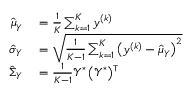
\begin{array} { r l } { \hat { \boldsymbol { \mu } } _ { \boldsymbol { Y } } } & { { } = \frac { 1 } { K } \sum _ { k = 1 } ^ { K } \boldsymbol { y } ^ { \left( k \right) } } \\ { \hat { \boldsymbol { \sigma } } _ { \boldsymbol { Y } } } & { { } = \sqrt { \frac { 1 } { K - 1 } \sum _ { k = 1 } ^ { K } \left( \boldsymbol { y } ^ { \left( k \right) } - \hat { \boldsymbol { \mu } } _ { \boldsymbol { Y } } \right) ^ { 2 } } } \\ { \hat { \boldsymbol { \Sigma } } _ { \boldsymbol { Y } } } & { { } = \frac { 1 } { K - 1 } \boldsymbol { \mathcal { Y } } ^ { \ast } \left( \boldsymbol { \mathcal { Y } } ^ { \ast } \right) ^ { \intercal } } \end{array}